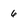
Character: 6